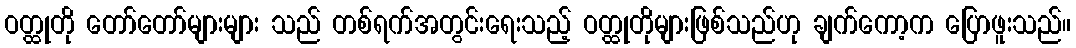
ဝတ္ထုတို တော်တော်များများ သည် တစ်ရက်အတွင်းရေးသည့် ဝတ္ထုတိုများဖြစ်သည်ဟု ချက်ကော့က ပြောဖူးသည်။